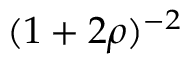
( 1 + 2 \rho ) ^ { - 2 }